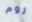
روم